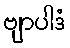
ဗျာပါဒံ